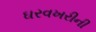
ઘરવખરીની